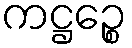
ကဋ္ဌဉ္စေ